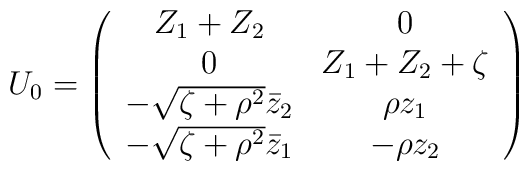
U_0=\left(\begin{array}{cc} Z_1+Z_2 & 0 \\ 0 & Z_1+Z_2+\zeta \\-\sqrt{\zeta+\rho^2}\bar z_2 & \rho z_1 \\ -\sqrt{\zeta+\rho^2}\bar z_1 & -\rho z_2 \end{array}\right)